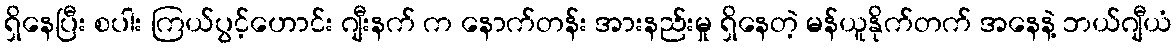
ရှိနေပြီး စပါး ကြယ်ပွင့်ဟောင်း ဂျီးနက် က နောက်တန်း အားနည်းမှု ရှိနေတဲ့ မန်ယူနိုက်တက် အနေနဲ့ ဘယ်ဂျီယံ